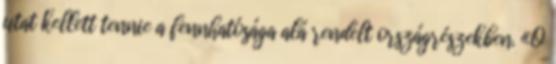
utat kellett tennie a fennhatósága alá rendelt országrészekben. «Ő